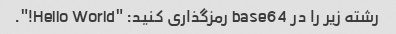
رشته زیر را در base64 رمزگذاری کنید: "Hello World!".